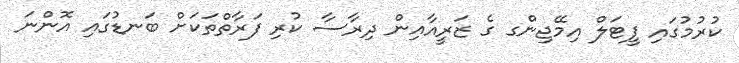
ކުރުމުގައި ފީޓަލް އިމޭޖިންގ ގެ ޒަރީއާއިން ދިރާސާ ކުރި ފަރާތްތަކަށް ބަނޑުގައި އޮންނަ